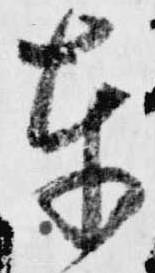
車